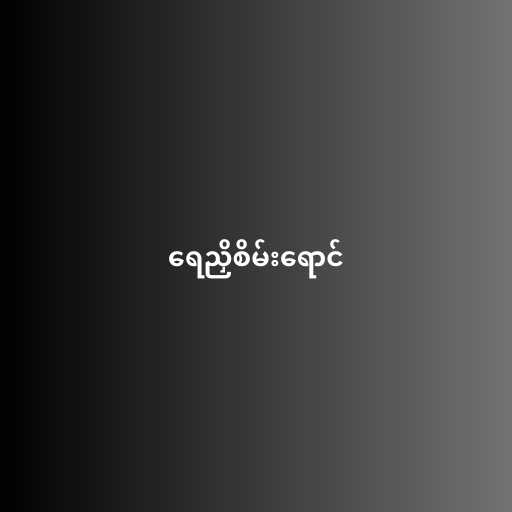
ရေညှိစိမ်းရောင်